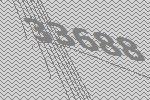
33688